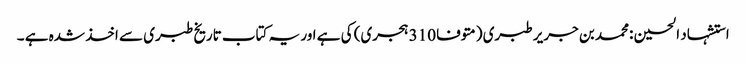
استشہاد الحسین :محمد بن جریر طبری (متوفا 310 ہجری) کی ہے اور یہ کتاب تاریخ طبری سے اخذ شدہ ہے ۔